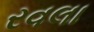
રવલા